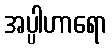
အပ္ပါဟာရော